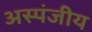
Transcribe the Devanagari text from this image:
अस्पंजीय